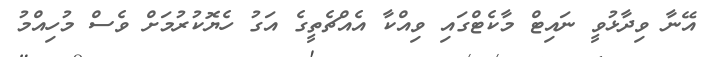
އޭނާ ވިދާޅުވީ ނައިޓް މާކެޓްގައި ވިއްކާ އެއްޗެތީގެ އަގު ހެޔޮކުރުމަށް ވެސް މުހިއްމު